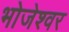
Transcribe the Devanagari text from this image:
भोजेश्‍वर